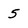
Character: 5